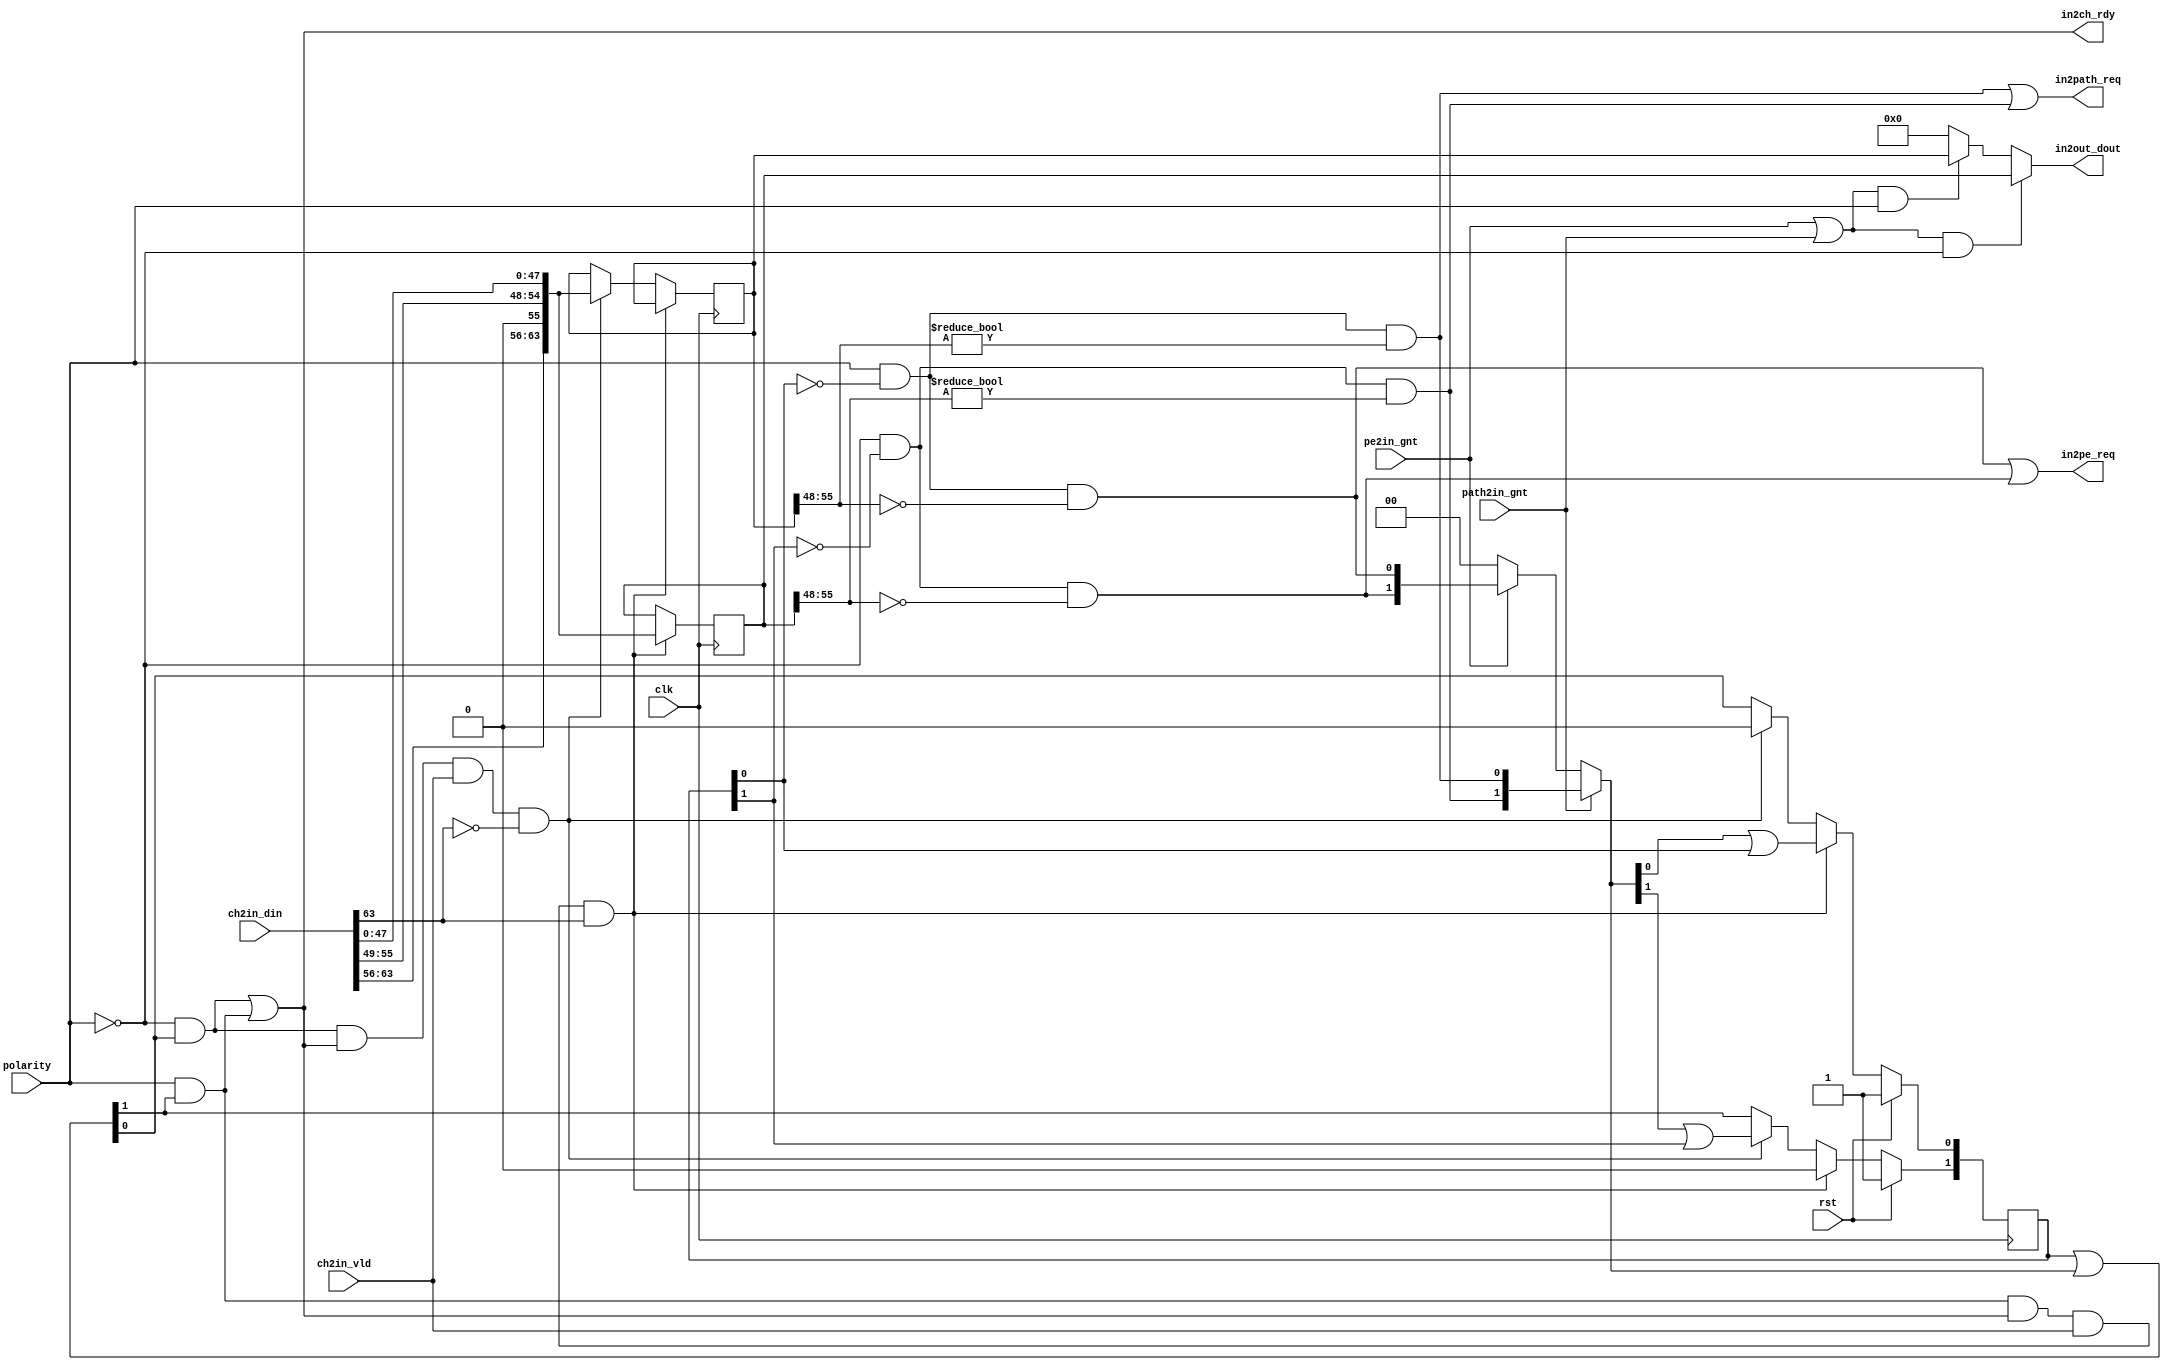
module PATH_INPUT_CTRL (
    input                   clk, 
    input                   rst,
    input                   polarity,
    input[63:0]             ch2in_din,
    input                   ch2in_vld,
    output                  in2ch_rdy,
    output                  in2path_req,
    output                  in2pe_req,
    input                   path2in_gnt,
    input                   pe2in_gnt,
    output[63:0]            in2out_dout
);

    reg[63:0]               in_buffer[0:1];
    reg[1:0]                in_buffer_empty;
    reg[1:0]                in_buffer_will_empty;
    wire[1:0]               in_buffer_en;

    assign in_buffer_en = in_buffer_empty | in_buffer_will_empty;

    assign in2ch_rdy = ((~polarity) && in_buffer_en[0]) || (polarity && in_buffer_en[1]);

    always@(posedge clk) begin
        if(rst) begin
            in_buffer_empty <= 2'b11;
        end
        else if(polarity && in_buffer_en[1] && in2ch_rdy && ch2in_vld && ch2in_din[63]) begin
            in_buffer_empty[1] <= 1'b0;
            in_buffer_empty[0] <= in_buffer_will_empty[0]|in_buffer_empty[0];
        end
        else if((~polarity) && in_buffer_en[0] && in2ch_rdy && ch2in_vld && (~ch2in_din[63])) begin
            in_buffer_empty[0] <= 1'b0;
            in_buffer_empty[1] <= in_buffer_will_empty[1]|in_buffer_empty[1];
        end
        else begin
            in_buffer_empty <= in_buffer_empty|in_buffer_will_empty;
        end
    end

    always@(posedge clk) begin
        if(polarity && in_buffer_en[1] && in2ch_rdy && ch2in_vld && ch2in_din[63]) begin
            in_buffer[1] <= {ch2in_din[63:56],1'b0,ch2in_din[55:49],ch2in_din[47:0]}; //right shift hop value
        end
        else if((~polarity) && in_buffer_en[0] && in2ch_rdy && ch2in_vld && (~ch2in_din[63])) begin
            in_buffer[0] <= {ch2in_din[63:56],1'b0,ch2in_din[55:49],ch2in_din[47:0]};
        end
    end

    assign in2path_req_even   = (polarity && (~in_buffer_empty[0]) && (in_buffer[0][55:48] != 8'b0));
    assign in2path_req_odd    = ((~polarity) && (~in_buffer_empty[1]) && (in_buffer[1][55:48] != 8'b0));
    assign in2path_req        = in2path_req_even || in2path_req_odd;

    assign in2pe_req_even  = (polarity && (~in_buffer_empty[0]) && (in_buffer[0][55:48] == 8'b0));
    assign in2pe_req_odd   = ((~polarity) && (~in_buffer_empty[1]) && (in_buffer[1][55:48] == 8'b0));
    assign in2pe_req       = in2pe_req_even || in2pe_req_odd;

    always@(*) begin
        in_buffer_will_empty = 2'b00;
        if(path2in_gnt) begin
            in_buffer_will_empty = {in2path_req_odd, in2path_req_even};
        end
        else if(pe2in_gnt) begin
            in_buffer_will_empty = {in2pe_req_odd, in2pe_req_even};
        end
    end

    assign gnt_ind = pe2in_gnt || path2in_gnt;

    assign in2out_dout = (gnt_ind && (~polarity)) ? in_buffer[1] : 
                         (gnt_ind &&  polarity)   ? in_buffer[0] : 64'b0;

endmodule